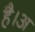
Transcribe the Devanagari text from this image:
है।अ